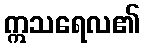
ဣသရေလ၏